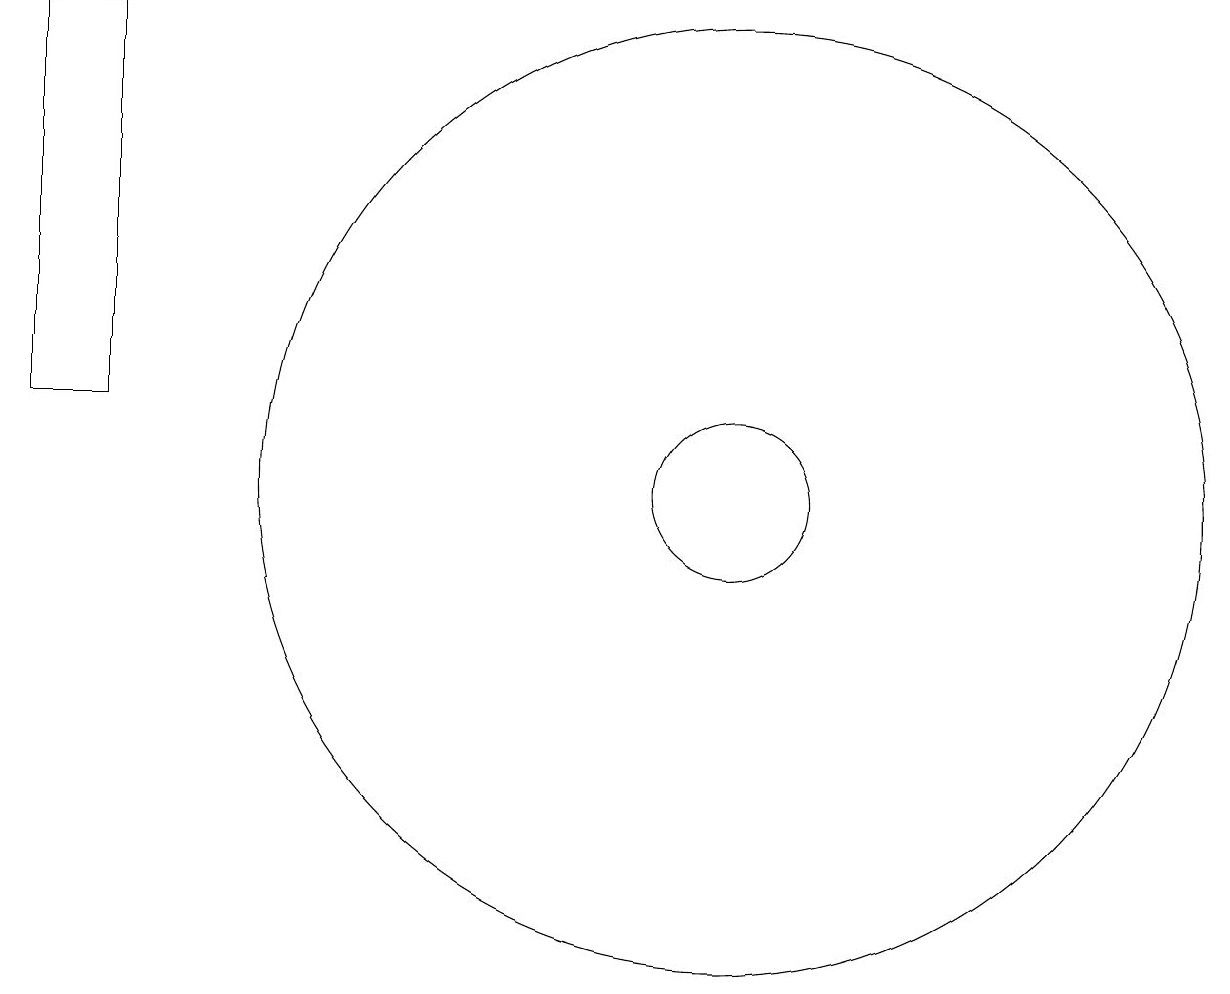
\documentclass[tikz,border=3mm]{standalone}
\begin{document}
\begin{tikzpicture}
\draw (11,11) circle (1);
\draw (3,12) rectangle (2,17);
\draw (11,11) circle (6);
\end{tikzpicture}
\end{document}